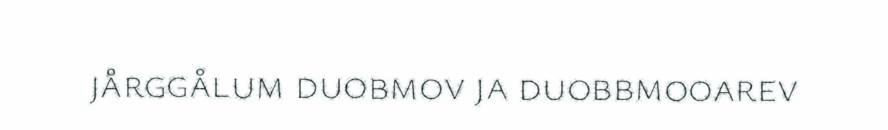
jårggålum duobmov ja duobbmooarev